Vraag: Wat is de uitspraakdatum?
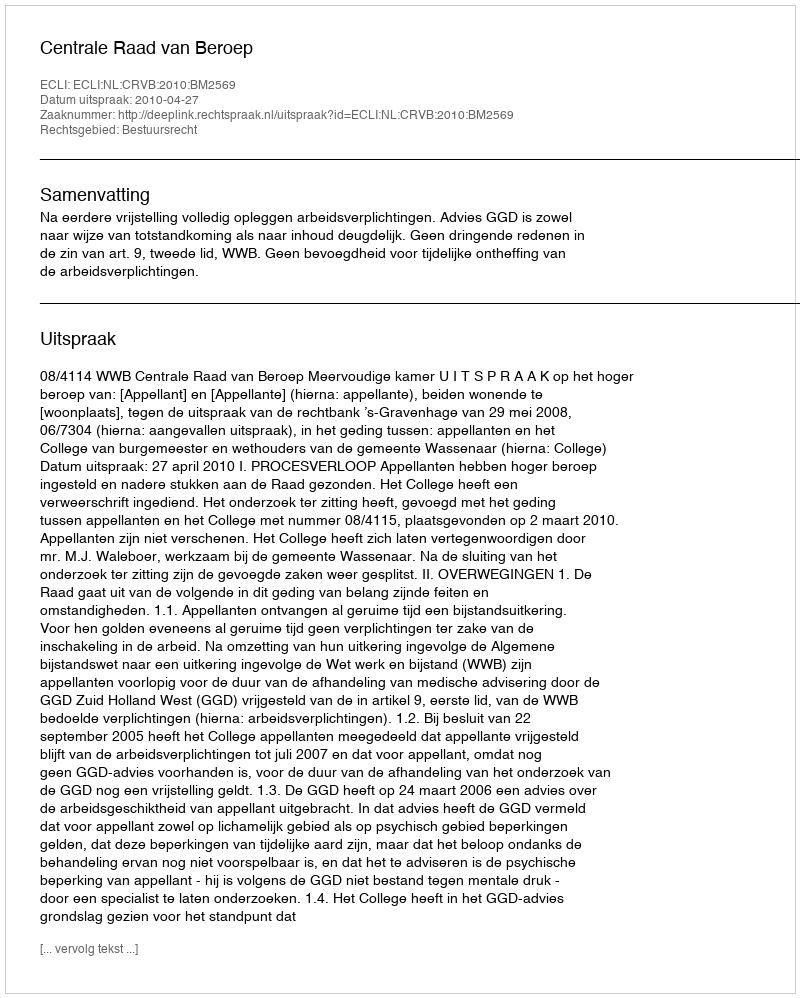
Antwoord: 2010-04-27